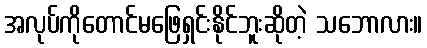
အလုပ်ကိုတောင်မဖြေရှင်းနိုင်ဘူးဆိုတဲ့ သဘောလား။